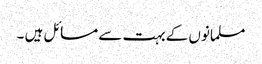
مسلمانوں کے بہت سے مسائل ہیں ۔